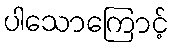
ပါသောကြောင့်